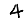
Digit: 4